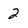
Character: 2